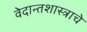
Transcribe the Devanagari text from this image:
वेदान्तशास्त्राचे